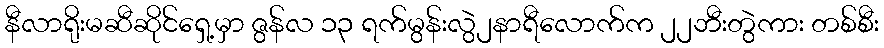
နီလာရိုးမဆီဆိုင်ရှေ့မှာ ဇွန်လ ၁၃ ရက်မွန်းလွဲ၂နာရီလောက်က ၂၂ဘီးတွဲကား တစ်စီး